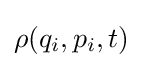
\rho (q_{i},p_{i},t)